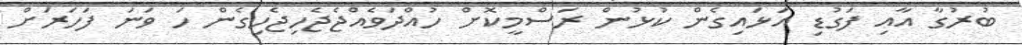
ބުރުގާ އާއި ފަގުޑި އަޅައިގެން ކުޅުން ރަސްމީކޮށް ހުއްދަވެއްޖެޖެހިޖެހިގެން ހަ ވަނަ ފަހަރަށް